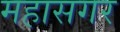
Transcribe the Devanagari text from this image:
महासगर